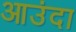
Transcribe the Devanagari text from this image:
आउंदा